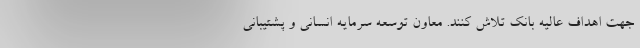
جهت اهداف عالیه بانک تلاش کنند. معاون توسعه سرمایه انسانی و پشتیبانی